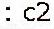
: C2